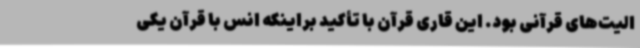
الیت‌های قرآنی بود. این قاری قرآن با تأکید براینکه انس با قرآن یکی